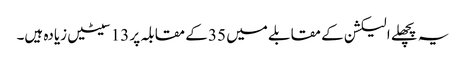
یہ پچھلے الیکشن کے مقابلے میں 35 کے مقابلہ پر 13 سیٹیں زیادہ ہیں۔